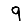
Digit: 9